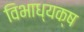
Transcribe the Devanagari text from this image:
विभाध्यक्ष